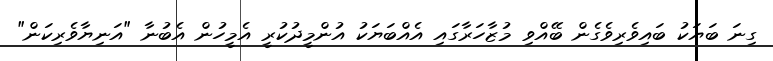
ގިނަ ބަޔަކު ބައިވެރިވެގެން ބޭއްވި މުޒާހަރާގައި އެއްބަޔަކު އުންމީދުކުރީ އެމީހުން އެބުނާ "އަނިޔާވެރިކަން"